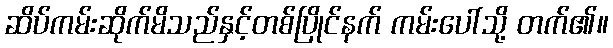
ဆိပ်ကမ်းဆိုက်မိသည်နှင့်တစ်ပြိုင်နက် ကမ်းပေါ်သို့ တက်၏။